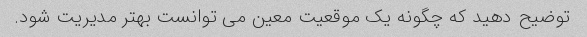
توضیح دهید که چگونه یک موقعیت معین می توانست بهتر مدیریت شود.